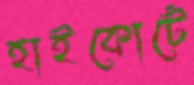
হাইকোর্টে